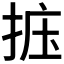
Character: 𪭽